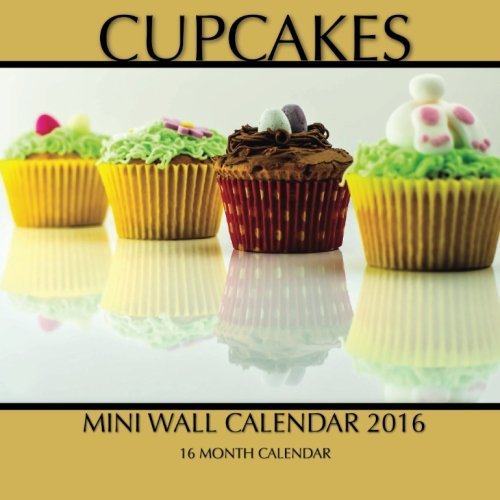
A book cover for Cupcakes Mini Wall Calendar 2016: 16 Month Calendar; Jack Smith; Calendars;